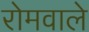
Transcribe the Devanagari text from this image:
रोमवाले